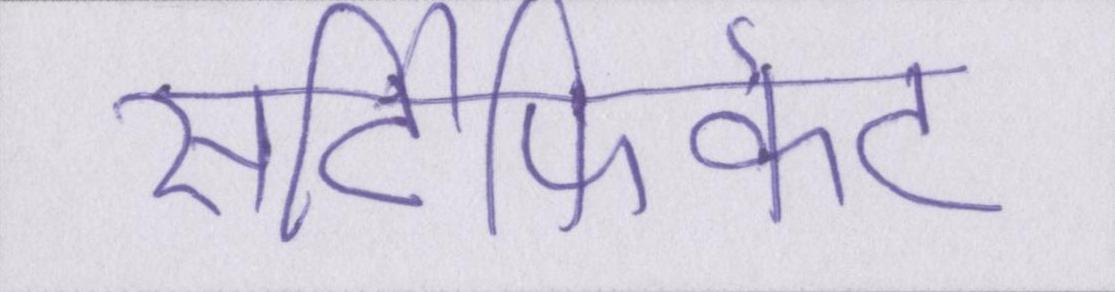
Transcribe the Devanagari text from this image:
सर्टिफिकेट